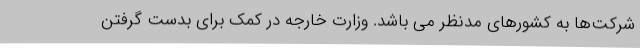
شرکت‌ها به کشورهای مدنظر می باشد. وزارت خارجه در کمک برای بدست گرفتن